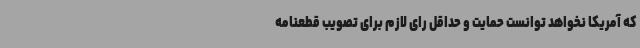
که آمریکا نخواهد توانست حمایت و حداقل رای لازم برای تصویب قطعنامه